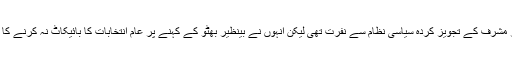
انہیں صدر مشرف کے تجویز کردہ سیاسی نظام سے نفرت تھی لیکن انہوں نے بینظیر بھٹو کے کہنے پر عام انتخابات کا بائیکاٹ نہ کرنے کا فیصلہ کیا۔